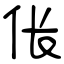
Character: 伥